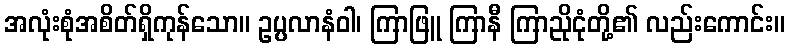
အလုံးစုံအစိတ်ရှိကုန်သော။ ဥပ္ပလာနံဝါ၊ ကြာဖြူ ကြာနီ ကြာညိုငုံတို့၏ လည်းကောင်း။